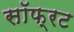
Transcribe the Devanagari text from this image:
सॉफ्रट